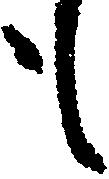
も